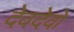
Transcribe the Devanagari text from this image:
देवदेवो